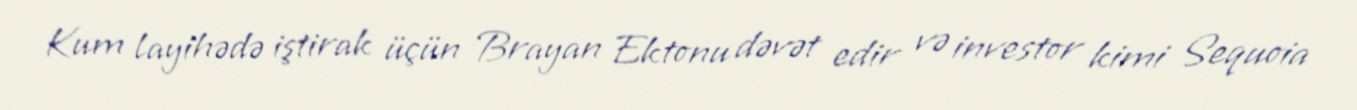
Kum layihədə iştirak üçün Brayan Ektonu dəvət edir və investor kimi Sequoia